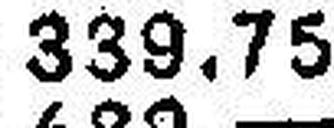
339.75